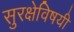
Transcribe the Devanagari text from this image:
सुरक्षेविषयी